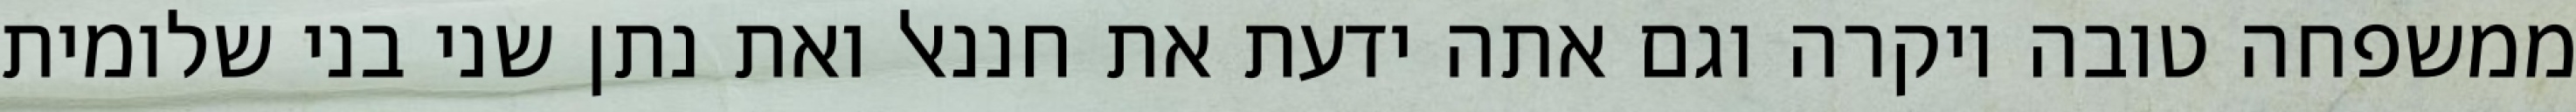
ממשפחה טובה ויקרה וגם אתה ידעת את חננאל ואת נתן שני בני שלומית